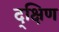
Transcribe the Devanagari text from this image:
द्क्षिण